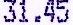
31.45